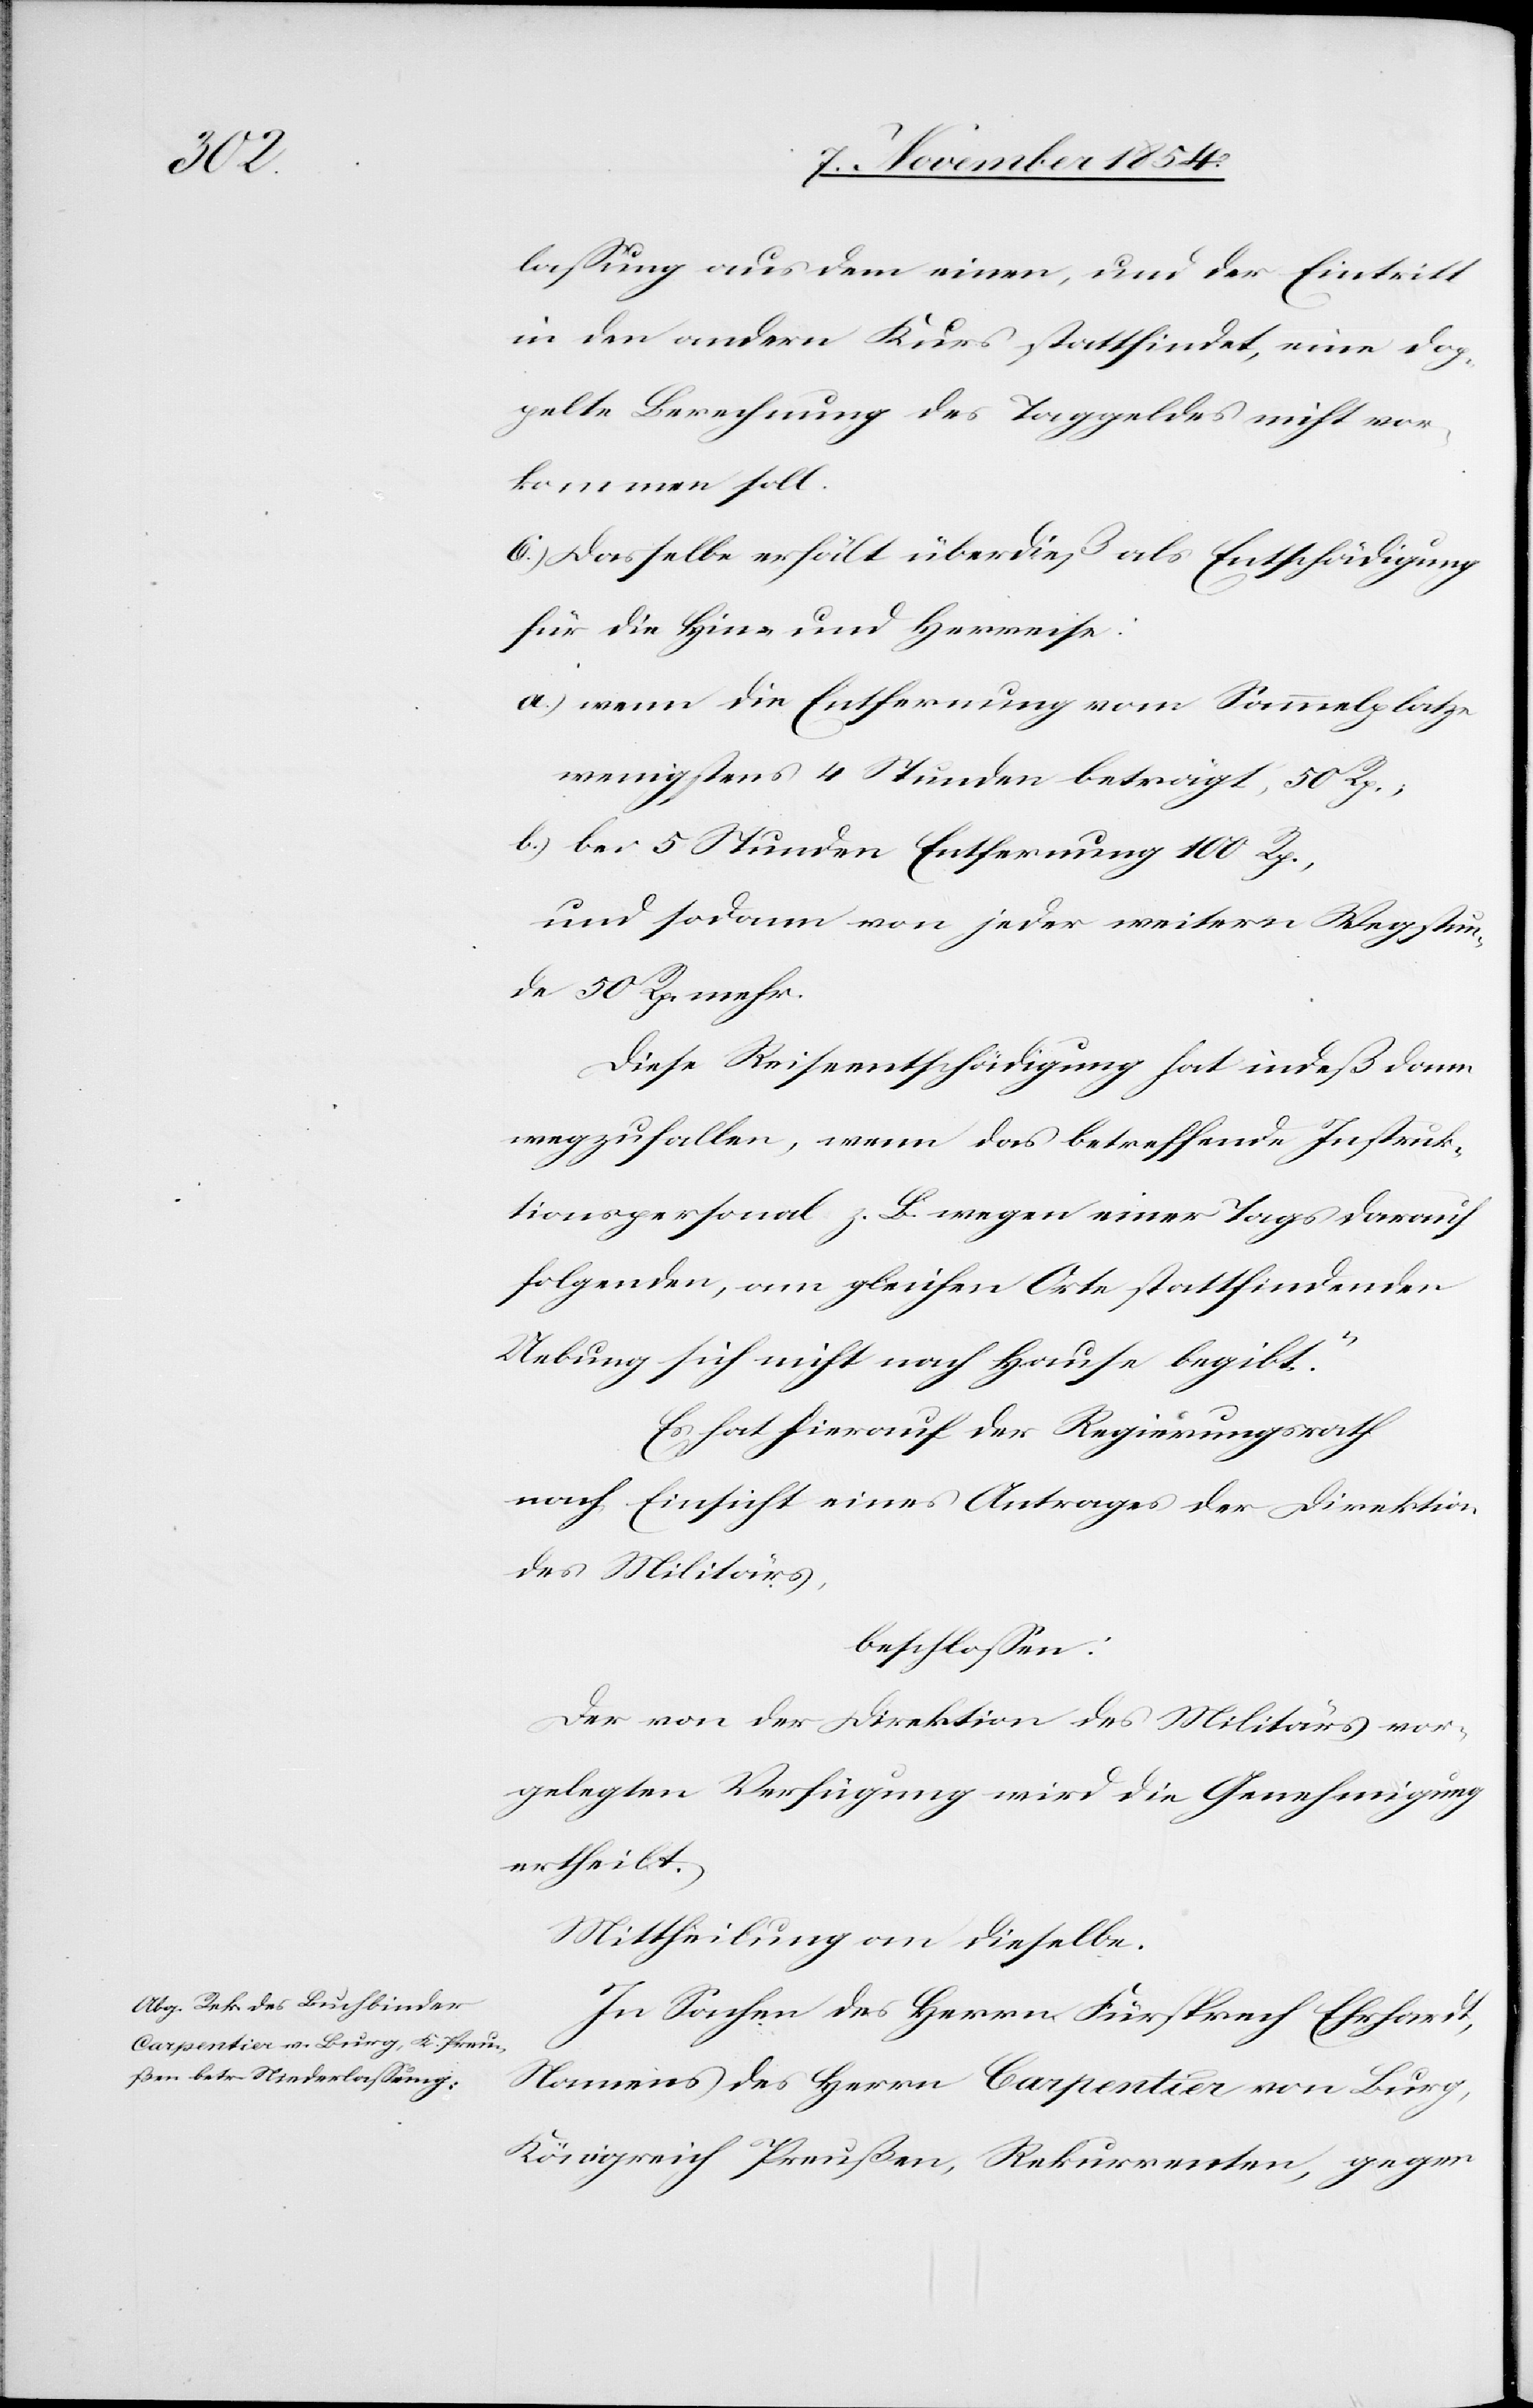
laßung aus dem einen, und der Eintritt
in den andern Kurs stattfindet, eine dop¬
pelte Berechnung des Taggeldes nicht vor¬
kommen soll.
6.) Dasselbe erhält überdieß als Entschädigung
für die Hin- und Herreise:
a.) wenn die Entfernung vom Sammelplatze
wenigstens 4 Stunden beträgt, 50 Rp.;
b) bei 5 Stunden Entfernung 100 Rp.,
und sodann von jeder weitern Wegstun¬
de 50 Rp. mehr.
Diese Reiseentschädigung hat indeß dann
wegzufallen, wenn das betreffende Instruk¬
tionspersonal z. B. wegen einer Tags darauf
folgenden, am gleichen Orte stattfindenden
Uebung sich nicht nach Hause begibt.“
Es hat hierauf der Regierungsrath
nach Einsicht eines Antrages der Direktion
des Militärs,
beschloßen:
Der von der Direktion des Militärs vor¬
gelegten Verfügung wird die Genehmigung
ertheilt.
Mittheilung an dieselbe.
In Sachen des Herrn Fürsprech Ehrhardt,
Namens des Herrn Carpentier von Burg,
Königreich Preußen, Rekurrenten, gegen